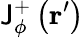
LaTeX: \mathsf{J}_{\phi}^{+}\left(\mathbf{{r}}^{\prime}\right)